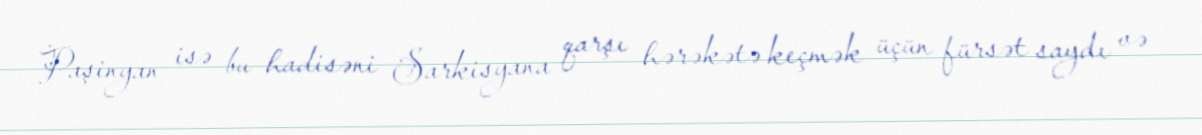
Paşinyan isə bu hadisəni Sarkisyana qarşı hərəkətə keçmək üçün fürsət saydı və